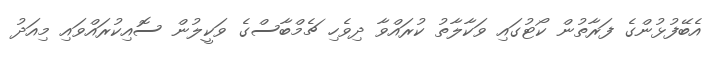
އެބޭފުޅުންގެ ފަރާތުން ކޯޓުގައި ވަކާލާތު ކުރައްވާ ދިވެހި ޗެމްބާސްގެ ވަކީލުން ސޮއިކުރައްވައި މިއަދު